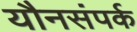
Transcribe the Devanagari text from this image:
यौनसंपर्क